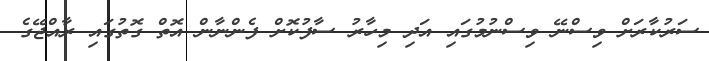
ސަރުކާރަށް ވިސްނޭ ވިސްނުމުގައި އަދި މިހާރު ސާފުކޮށް ފެންނާން އޮތް ގޮތުގައި ރާއްޖޭގެ